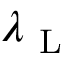
\lambda _ { \mathrm { ~ L ~ } }